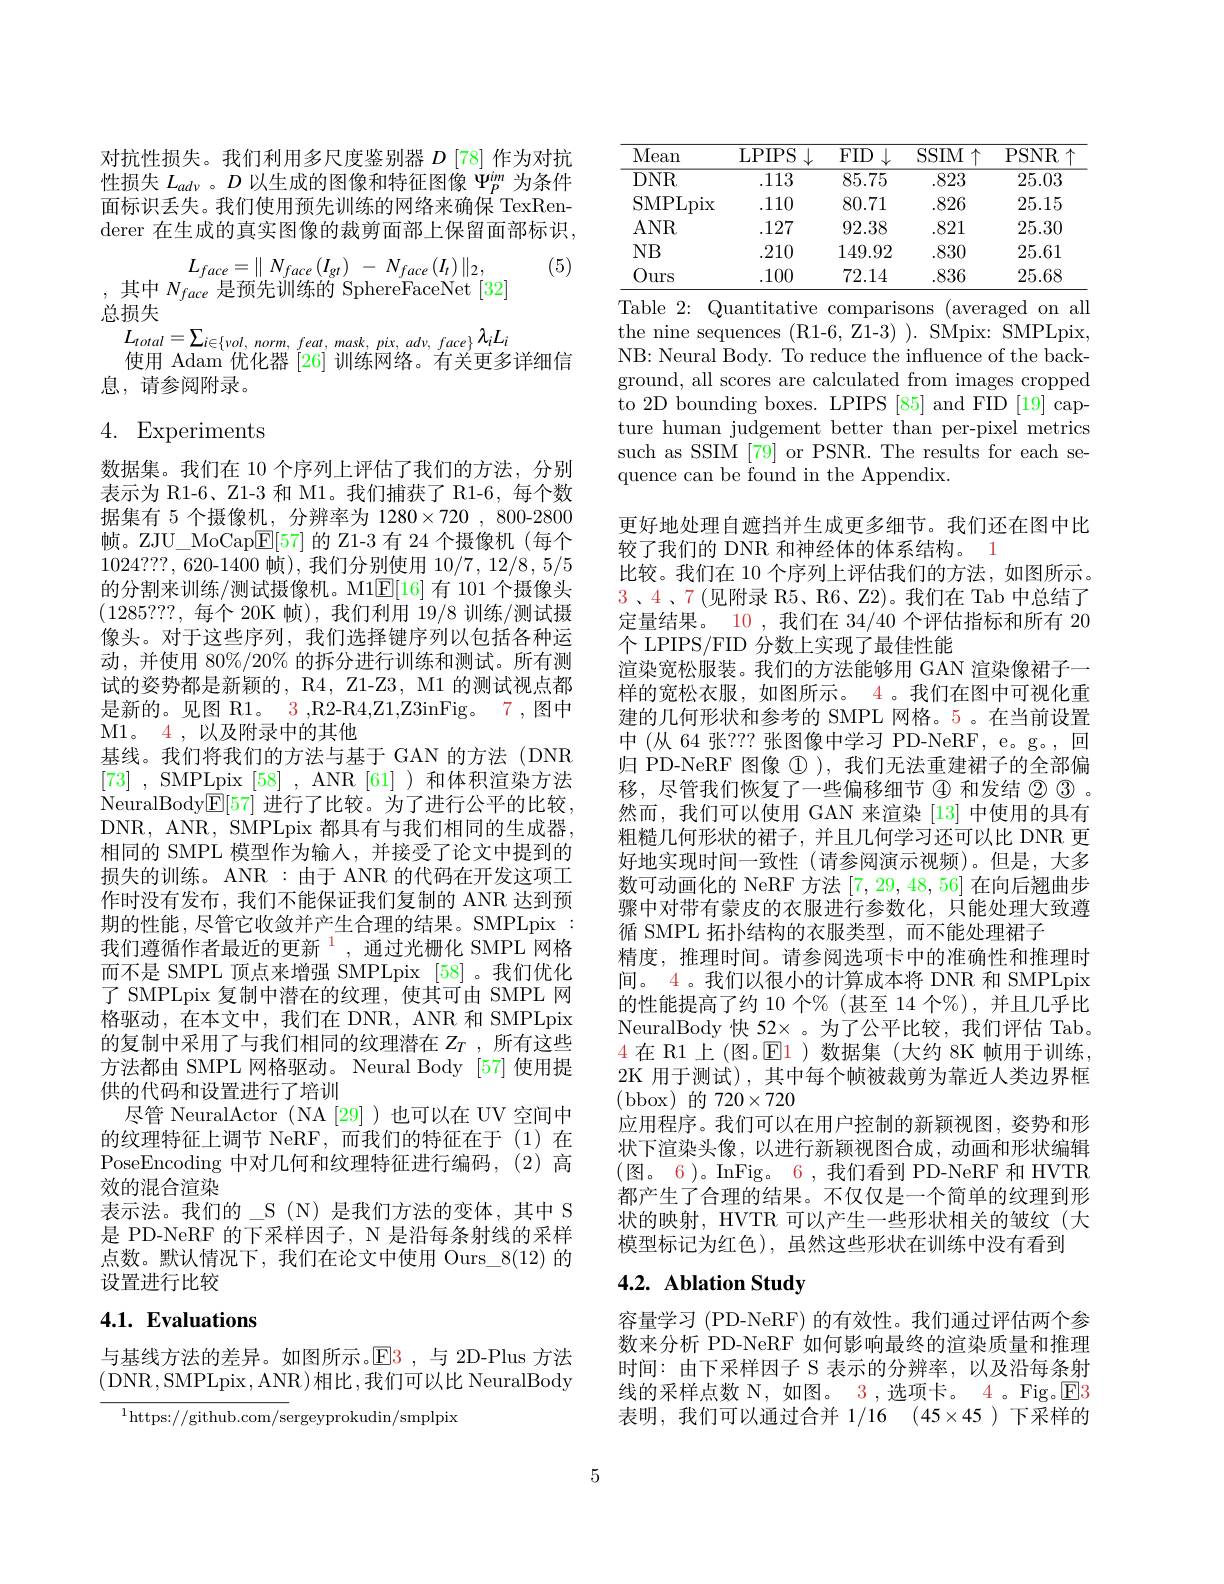
对抗性损失。我们利用多尺度鉴别器$D\left[78\right]$作为对抗性损失$L_{ad\nu}$ 。$D$以生成的图像和特征图像$\Psi_P^{im}$为条件面标识丢失。我们使用预先训练的网络来确保 TexRenderer 在生成的真实图像的裁剪面部上保留面部标识，

(5)

$L_{face}= \parallel N_{face}\left ( I_{gt}\right )$ - $N_{face}\left ( I_{t}\right ) \parallel _{2}$,
,其中$N_face$ 是预先训练的 SphereFaceNet[32]

总损失
$\begin{array}{l}{L_{total}=\sum_{i\in\{\nu ol,~norm,~feat,~mask,~pix,~adv,~face\}}\lambda_{i}L_{i}}\\\text{使用 Adam 优化器 [26] 训练网络。有关更多详细信}\end{array}$
息，请参阅附录。

4. Experiments

数据集。我们在 10 个序列上评估了我们的方法，分别表示为 R1-6、Z1-3 和 M1。我们捕获了 R1-6,每个数据集有 5 个摄像机，分辨率为 1280$\times720$, 800-2800帧。ZJU\_MoCap$\underline{\mathrm{E}}[57]$的 Z1-3 有 24 个摄像机(每个1024???,620-1400 帧),我们分别使用 10/7, 12/8, 5/5的分割来训练/测试摄像机。M1$\mathbb{E}[16]$有 101 个摄像头(1285???,每个 20K 帧),我们利用 19/8 训练/测试摄像头。对于这些序列，我们选择键序列以包括各种运动，并使用 80%/20% 的拆分进行训练和测试。所有测试的姿势都是新颖的，R4, Z1-Z3, M1 的测试视点都是新的。见图 R1。3 ,R2-R4,Z1,Z3inFig。7 ,图中M1。4 ,以及附录中的其他
基线。我们将我们的方法与基于 GAN 的方法(DNR [73] , SMPLpix [ 58] , ANR [ 61] ) 和体积渲染方法NeuralBody$\underline {\mathbb{E} }[ 57]$进行了比较。为了进行公平的比较， DNR, ANR, SMPLpix 都具有与我们相同的生成器相同的 SMPL 模型作为输人，并接受了论文中提到的损失的训练。ANR :由于 ANR 的代码在开发这项工作时没有发布，我们不能保证我们复制的 ANR 达到预期的性能，尽管它收敛并产生合理的结果。SMPLpix 我们遵循作者最近的更新$^{\color{red}1}$,通过光栅化 SMPL 网格而不是 SMPL 顶点来增强 SMPLpix [58]。我们优化了 SMPLpix 复制中潜在的纹理，使其可由 SMPL 网格驱动，在本文中，我们在 DNR, ANR 和 SMPLpix 的复制中采用了与我们相同的纹理潜在$Z_T$ ,所有这些方法都由 SMPL 网格驱动。Neural Body [57] 使用提供的代码和设置进行了培训
尽管 NeuralActor (NA [29])也可以在 UV 空间中的纹理特征上调节 NeRF,而我们的特征在于(1)在PoseEncoding 中对几何和纹理特征进行编码，(2)高效的混合渲染
表示法。我们的\_S(N)是我们方法的变体，其中 S 是 PD-NeRF 的下采样因子，N 是沿每条射线的采样点数。默认情况下，我们在论文中使用 Ours\_8(12)的设置进行比较
4.1. Evaluations

与基线方法的差异。如图所示。E3,与 2D-Plus 方法(DNR,SMPLpix,ANR)相比，我们可以比 NeuralBody

${{^{1}\mathrm{https:}//\mathrm{github.com/s}}}$ergeyprokudin/smplpix

<table>
	<tbody>
		<tr>
			<th>Mean</th>
			<th>LPIPS $\|_{c}$</th>
			<th>FID $\downarrow$</th>
			<th>$SSIM$ 千</th>
			<th>PSNR</th>
		</tr>
		<tr>
			<td>$DNR$</td>
			<td>.113</td>
			<td>85.75</td>
			<td>.823</td>
			<td>25.03</td>
		</tr>
		<tr>
			<td>SMPLpix</td>
			<td>.110</td>
			<td>80.71</td>
			<td>.826</td>
			<td>25.15</td>
		</tr>
		<tr>
			<td>$ANR$</td>
			<td>.127</td>
			<td>92.38</td>
			<td>.821</td>
			<td>25.30</td>
		</tr>
		<tr>
			<td>$NB$</td>
			<td>.210</td>
			<td>149.92</td>
			<td>.830</td>
			<td>25.61</td>
		</tr>
		<tr>
			<td>Ours</td>
			<td>.100</td>
			<td>72.14</td>
			<td>.836</td>
			<td>25.68</td>
		</tr>
	</tbody>
</table>
Table 2: Quantitative comparisons (averaged on all

the nine sequences (R1-6, Z1-3) ). SMpix: SMPLpix, NB: Neural Body. To reduce the influence of the background, all scores are calculated from images cropped to 2D bounding boxes. LPIPS [85] and FID [19] capture human judgement better than per-pixel metrics such as SSIM [79] or PSNR. The results for each sequence can be found in the Appendix
更好地处理自遮挡并生成更多细节。我们还在图中比
较了我们的 DNR 和神经体的体系结构。1
比较。我们在 10 个序列上评估我们的方法，如图所示。3、4、7(见附录 R5、R6、Z2)。我们在 Tab 中总结了定量结果。10 , 我们在 34/40 个评估指标和所有 20个 LPIPS/FID 分数上实现了最佳性能
渲染宽松服装。我们的方法能够用 GAN 渲染像裙子一样的宽松衣服，如图所示。4。我们在图中可视化重建的几何形状和参考的 SMPL 网格。5 。在当前设置中(从64 张？?? 张图像中学习 PD-NeRF, e。g。,回归 PD-NeRF 图像$\textcircled{1}$ ), 我们无法重建裙子的全部偏移，尽管我们恢复了一些偏移细节$\textcircled{4}$和发结$\textcircled{2}\textcircled{3}$。然而，我们可以使用 GAN 来渲染 [13]中使用的具有粗糙几何形状的裙子，并且几何学习还可以比 DNR 更好地实现时间一致性(请参阅演示视频)。但是，大多数可动画化的 NeRF 方法[7,29,48,56]在向后翘曲步骤中对带有蒙皮的衣服进行参数化，只能处理大致遵循 SMPL 拓扑结构的衣服类型，而不能处理裙子
精度，推理时间。请参阅选项卡中的准确性和推理时间。4。我们以很小的计算成本将 DNR 和 SMPLpix 的性能提高了约 10 个%(甚至 14 个%),并且几乎比NeuralBody 快 52×。为了公平比较，我们评估 Tab。4在 R1 上 (图。$\boxed{\mathrm{E}}$1)数据集 (大约 8K 帧用于训练， 2K 用于测试),其中每个帧被裁剪为靠近人类边界框(bbox)的$720\times720$
应用程序。我们可以在用户控制的新颖视图，姿势和形状下渲染头像，以进行新颖视图合成，动画和形状编辑(图。6)。InFig。6,我们看到 PD-NeRF 和 HVTR 都产生了合理的结果。不仅仅是一个简单的纹理到形状的映射，HVTR 可以产生一些形状相关的皱纹(大模型标记为红色),虽然这些形状在训练中没有看到

# 4.2. Ablation Study

容量学习 (PD-NeRF) 的有效性。我们通过评估两个参数来分析 PD-NeRF 如何影响最终的渲染质量和推理时间：由下采样因子 S 表示的分辨率，以及沿每条射线的采样点数 N, 如图。3 ,选项卡。4 。Fig。$\boxed{\mathrm{E}}3$ 表明，我们可以通过合并 1/16 $( 45\times 45)$下采样的

5